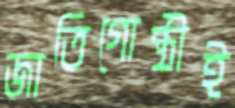
জাতিগোষ্ঠীই